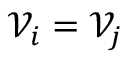
\mathcal { V } _ { i } = \mathcal { V } _ { j }